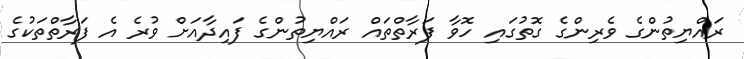
ރައްޔިތުންގެ ވެރިންގެ ގޮތުގައި ހޮވާ ފަރާތްތައް ރައްޔިތުންގެ ފައިދާއަށް ވުރެ އެ ފަރާތްތަކުގެ